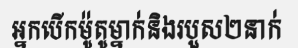
អ្នកបើកម៉ូតូម្នាក់និងរបួស២នាក់